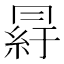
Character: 𦀒